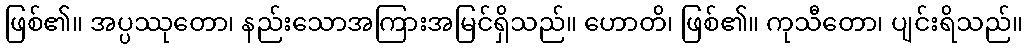
ဖြစ်၏။ အပ္ပဿုတော၊ နည်းသောအကြားအမြင်ရှိသည်။ ဟောတိ၊ ဖြစ်၏။ ကုသီတော၊ ပျင်းရိသည်။